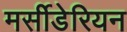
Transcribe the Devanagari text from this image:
मर्सीडेरियन